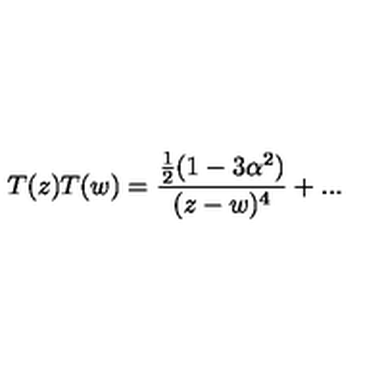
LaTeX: T ( z ) T ( w ) = \frac { \frac { 1 } { 2 } ( 1 - 3 \alpha ^ { 2 } ) } { ( z - w ) ^ { 4 } } + . . .